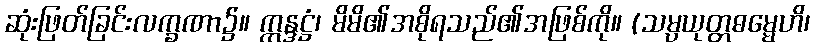
ဆုံးဖြတ်ခြင်းလက္ခဏာ၌။ ဣန္ဒဋ္ဌံ၊ မိမိ၏အစိုရသည်၏အဖြစ်ကို။ (သမ္ပယုတ္တဓမ္မေဟိ၊